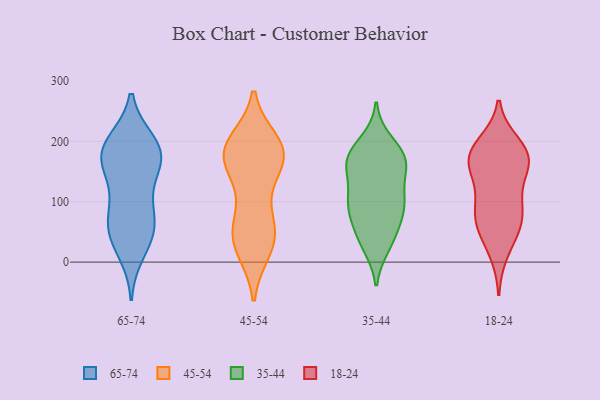
{"axis": {"x": "Revenue (USD Million)", "y": "Value"}, "legend": ["18-24", "35-44", "45-54", "65-74"], "data": [{"x": "", "y": 43, "type": "65-74"}, {"x": "", "y": 47, "type": "65-74"}, {"x": "", "y": 154, "type": "65-74"}, {"x": "", "y": 58, "type": "65-74"}, {"x": "", "y": 157, "type": "65-74"}, {"x": "", "y": 199, "type": "65-74"}, {"x": "", "y": 97, "type": "65-74"}, {"x": "", "y": 93, "type": "65-74"}, {"x": "", "y": 181, "type": "65-74"}, {"x": "", "y": 198, "type": "65-74"}, {"x": "", "y": 179, "type": "65-74"}, {"x": "", "y": 65, "type": "65-74"}, {"x": "", "y": 187, "type": "65-74"}, {"x": "", "y": 17, "type": "65-74"}, {"x": "", "y": 165, "type": "65-74"}, {"x": "", "y": 150, "type": "45-54"}, {"x": "", "y": 76, "type": "45-54"}, {"x": "", "y": 183, "type": "45-54"}, {"x": "", "y": 172, "type": "45-54"}, {"x": "", "y": 54, "type": "45-54"}, {"x": "", "y": 22, "type": "45-54"}, {"x": "", "y": 30, "type": "45-54"}, {"x": "", "y": 134, "type": "45-54"}, {"x": "", "y": 182, "type": "45-54"}, {"x": "", "y": 50, "type": "45-54"}, {"x": "", "y": 196, "type": "45-54"}, {"x": "", "y": 179, "type": "45-54"}, {"x": "", "y": 199, "type": "45-54"}, {"x": "", "y": 60, "type": "45-54"}, {"x": "", "y": 188, "type": "45-54"}, {"x": "", "y": 174, "type": "45-54"}, {"x": "", "y": 20, "type": "45-54"}, {"x": "", "y": 179, "type": "35-44"}, {"x": "", "y": 97, "type": "35-44"}, {"x": "", "y": 199, "type": "35-44"}, {"x": "", "y": 89, "type": "35-44"}, {"x": "", "y": 27, "type": "35-44"}, {"x": "", "y": 101, "type": "35-44"}, {"x": "", "y": 161, "type": "35-44"}, {"x": "", "y": 167, "type": "35-44"}, {"x": "", "y": 45, "type": "35-44"}, {"x": "", "y": 60, "type": "35-44"}, {"x": "", "y": 85, "type": "35-44"}, {"x": "", "y": 183, "type": "35-44"}, {"x": "", "y": 155, "type": "35-44"}, {"x": "", "y": 159, "type": "35-44"}, {"x": "", "y": 103, "type": "35-44"}, {"x": "", "y": 111, "type": "35-44"}, {"x": "", "y": 164, "type": "35-44"}, {"x": "", "y": 32, "type": "35-44"}, {"x": "", "y": 175, "type": "18-24"}, {"x": "", "y": 171, "type": "18-24"}, {"x": "", "y": 182, "type": "18-24"}, {"x": "", "y": 86, "type": "18-24"}, {"x": "", "y": 195, "type": "18-24"}, {"x": "", "y": 156, "type": "18-24"}, {"x": "", "y": 68, "type": "18-24"}, {"x": "", "y": 118, "type": "18-24"}, {"x": "", "y": 174, "type": "18-24"}, {"x": "", "y": 93, "type": "18-24"}, {"x": "", "y": 55, "type": "18-24"}, {"x": "", "y": 63, "type": "18-24"}, {"x": "", "y": 163, "type": "18-24"}, {"x": "", "y": 18, "type": "18-24"}]}